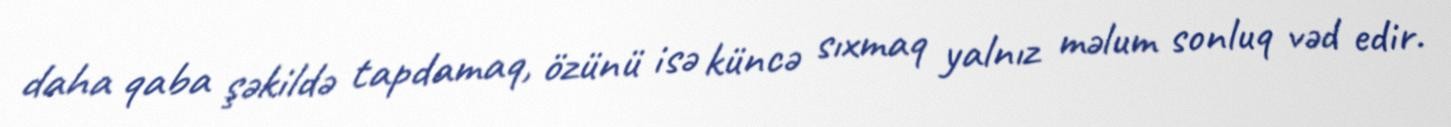
daha qaba şəkildə tapdamaq, özünü isə küncə sıxmaq yalnız məlum sonluq vəd edir.